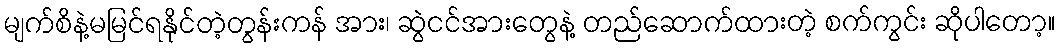
မျက်စိနဲ့မမြင်ရနိုင်တဲ့တွန်းကန် အား၊ ဆွဲငင်အားတွေနဲ့ တည်ဆောက်ထားတဲ့ စက်ကွင်း ဆိုပါတော့။